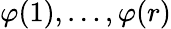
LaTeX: \varphi(1),\ldots,\varphi(r)